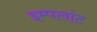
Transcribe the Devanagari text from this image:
इम्पलांट